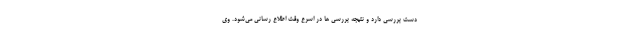
دست بررسی دارد و نتیجه بررسی ها در اسرع وقت اطلاع رسانی می‌شود. وی